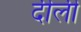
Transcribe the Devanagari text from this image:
दीली